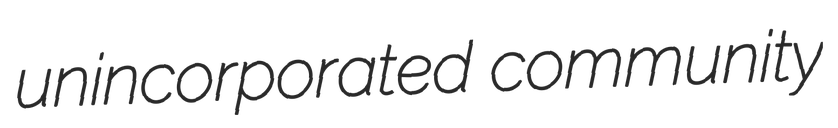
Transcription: unincorporated community